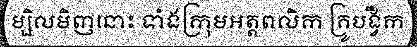
ម្សិលមិញនោះ ទាំងក្រុមអត្តពលិក គ្រូបង្វឹក